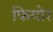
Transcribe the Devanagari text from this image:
फियोर